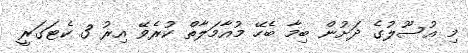
މި އުސޫލުގެ ދަށުން ބިމާ ބެހޭ މުއާމަލާތް ކުރެވޭ އިރު 3 ކެޓަގަރީ